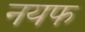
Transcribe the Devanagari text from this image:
नयफ